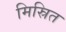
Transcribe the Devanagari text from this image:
मिस्रित